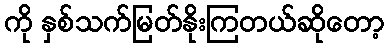
ကို နှစ်သက်မြတ်နိုးကြတယ်ဆိုတော့